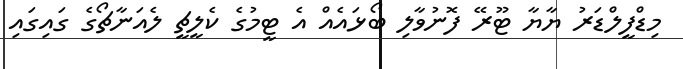
މިޑްފީލްޑަރު ޔާޔާ ޓޫރޭ ފޮނުވާލި ބޯޅައެއް އެ ޓީމުގެ ކެލީޗީ ލެއަނާޗޯގެ ގައިގައި